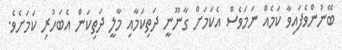
ބޭނުންވެފައިވާ ކަމެއް ނަމަވެސް އެކަމަށް ގާނޫނީ ދަތިކަމާއި މާލީ ދަތިކަން އެބަހުރި ކަމަށެވެ.